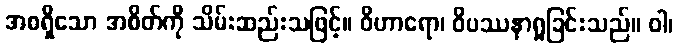
အစရှိသော အစိတ်ကို သိမ်းဆည်းသဖြင့်။ ဝိဟာရော၊ ဝိပဿနာရှုခြင်းသည်။ ဝါ၊